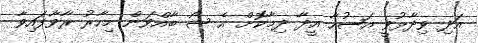
އަދި ވިދާޅުވީ އަޟުހާ އީދާ ދިމާކޮށް އެ ޝޯ ބާއްވަން މިހާރު ރާވާފައިވާ